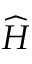
\widehat { H }